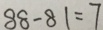
8 8 - 8 1 = 7